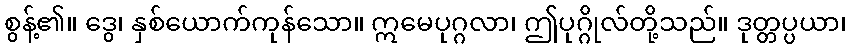
စွန့်၏။ ဒွေ၊ နှစ်ယောက်ကုန်သော။ ဣမေပုဂ္ဂလာ၊ ဤပုဂ္ဂိုလ်တို့သည်။ ဒုတ္တပ္ပယာ၊